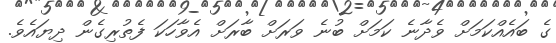
ގެ ބައެއްކަމަށް ވެދާނެ ކަމަށް ބުނެ ވަރަށް ބާރަށް އެވާހަކަ ފެތުރިގެން ދިޔައެވެ.